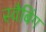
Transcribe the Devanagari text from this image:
स्वैबिंग